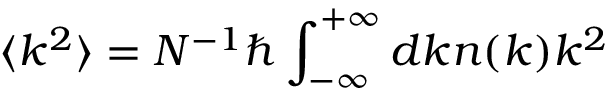
\langle k ^ { 2 } \rangle = N ^ { - 1 } \hbar \int _ { - \infty } ^ { + \infty } d k n ( k ) k ^ { 2 }